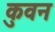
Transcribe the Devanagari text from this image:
कुवन